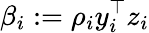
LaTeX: \beta_{i}:=\rho_{i}y_{i}^{\top}z_{i}